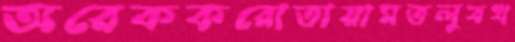
অরেককরোতায়ামতলুবখ